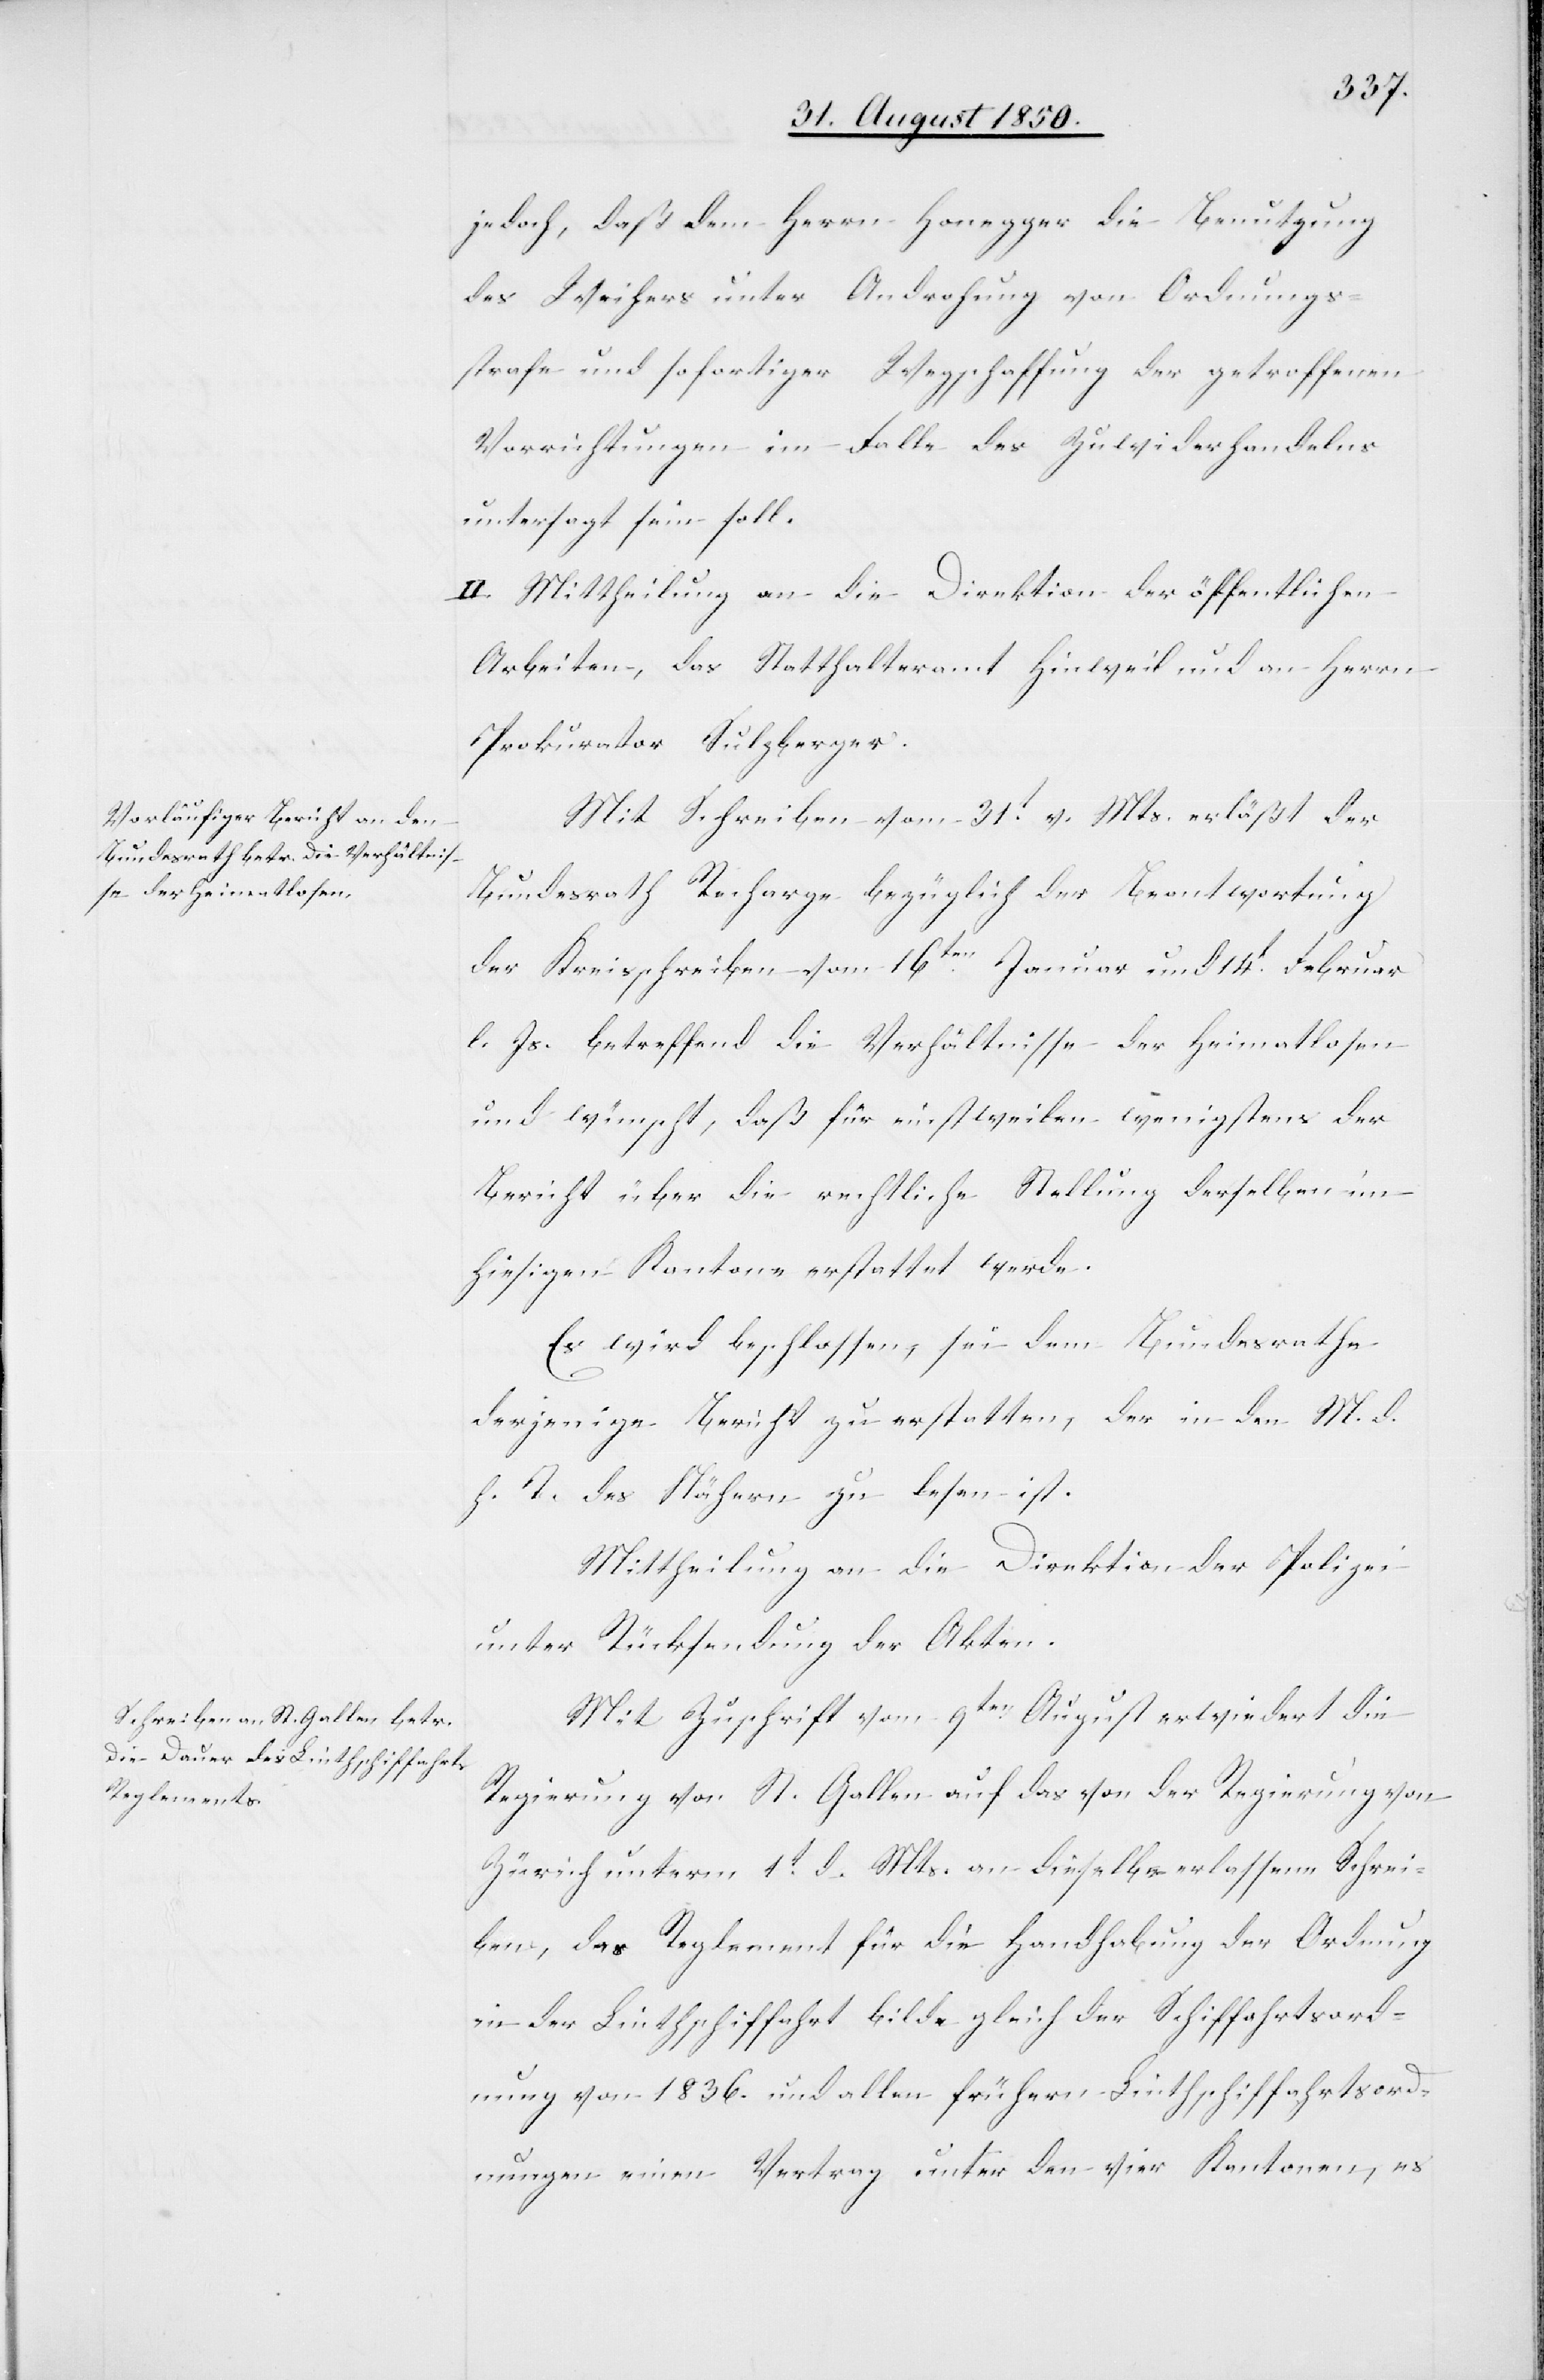
jedoch, daß dem Herrn Honegger die Benutzung
des Weihers unter Androhung von Ordnungs¬
strafe und sofortiger Wegschaffung der getroffenen
Vorrichtungen im Falle des Zuwiderhandelns
untersagt sein soll.
II. Mittheilung an die Direktion der öffentlichen
Arbeiten, das Statthalteramt Hinweil und an Herrn
Prokurator Sulzberger.
Mit Schreiben vom 31t v. Mts. erläßt der
Bundesrath Recharge bezüglich der Beantwortung
der Kreisschreiben vom 16ten Januar und 14t Februar
l. Js. betreffend der Verhältnisse der Heimatlosen
und wünscht, daß für einstweilen wenigstens der
Bericht über die rechtliche Stellung derselben im
hiesigen Kantone erstattet werde.
Es wird beschlossen, sei dem Bundesrathe
derjenige Bericht zu erstatten, der in den M. d.
h. T. des Nähern zu lesen ist.
Mittheilung an die Direktion der Polizei
unter Rücksendung der Akten.
Mit Zuschrift vom 9ten August erwiedert die
Regierung von St. Gallen auf das von der Regierung von
Zürich unterm 1t d. Mts. an dieselbe erlassene Schrei¬
ben, das Reglement für die Handhabung der Ordnung
in der Linthschiffahrt bilde gleich der Schiffahrtsord¬
nung von 1836. und allen frühern Linthschiffahrtsord¬
nungen einen Vertrag unter den vier Kantonen, es